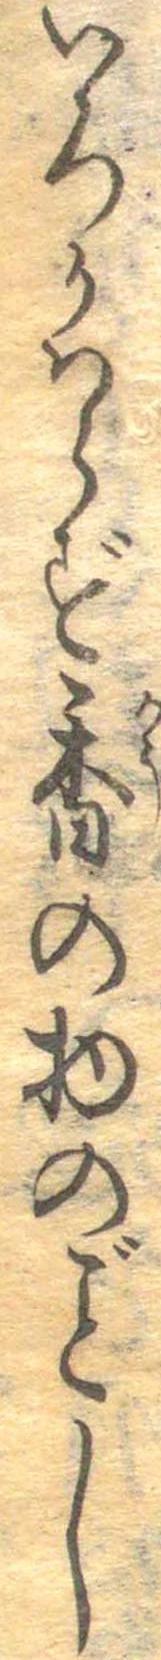
いろかはらず香の物のごとし